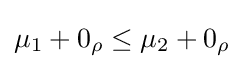
{\textstyle \mu _{1}+0_{\rho }\leq \mu _{2}+0_{\rho }}